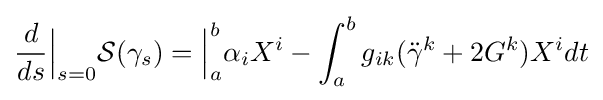
{\frac {d}{ds}}{\Big |}_{s=0}{\mathcal {S}}(\gamma _{s})={\Big |}_{a}^{b}\alpha _{i}X^{i}-\int _{a}^{b}g_{ik}({\ddot {\gamma }}^{k}+2G^{k})X^{i}dt